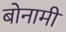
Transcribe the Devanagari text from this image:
बोनामी